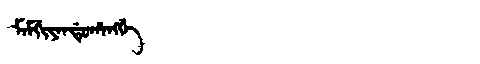
Manchu: ᠮᠠᠮᡤᡳᠶᠠᠨᡩᡠᡥᠠᠩᡤᡝ
Romanization: MAMGIYANDUHANGGE